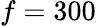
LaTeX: f=300